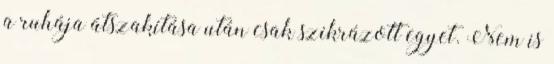
a ruhája átszakítása után csak szikrázott egyet. Nem is